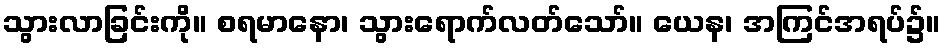
သွားလာခြင်းကို။ စရမာနော၊ သွားရောက်လတ်သော်။ ယေန၊ အကြင်အရပ်၌။